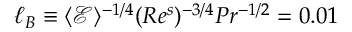
\ell _ { B } \equiv \langle \mathcal { E } \rangle ^ { - 1 / 4 } ( R e ^ { s } ) ^ { - 3 / 4 } P r ^ { - 1 / 2 } = 0 . 0 1